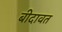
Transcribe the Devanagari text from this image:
बीदावत